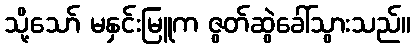
သို့သော် မနှင်းမြူက ဇွတ်ဆွဲခေါ်သွားသည်။